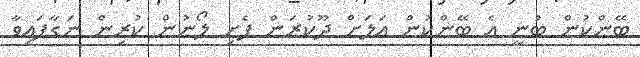
ބޭންކުން ބުނީ އެ ބޭންކުން އަލަށް ދޫކުރަން ފެށި ލޯނުން ކުރިން ނަގާފައިވާ